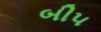
બી૫